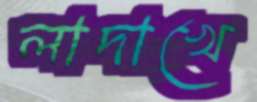
লাদাখে